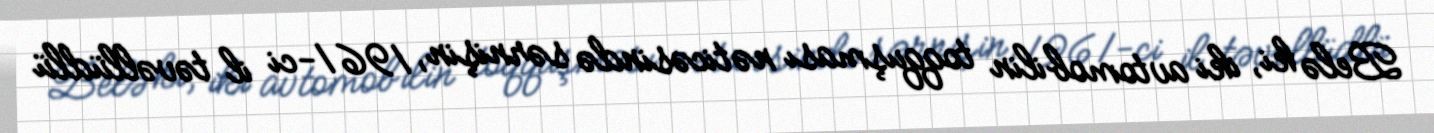
Belə ki, iki avtomobilin toqquşması nəticəsində sərnişin, 1961-ci il təvəllüdlü